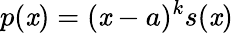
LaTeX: p(\mathit{x})=(\mathit{x}-a)^{k}s(\mathit{x})